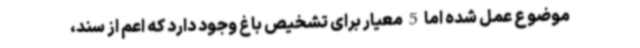
موضوع عمل شده اما 5 معیار برای تشخیص باغ وجود دارد که اعم از سند،